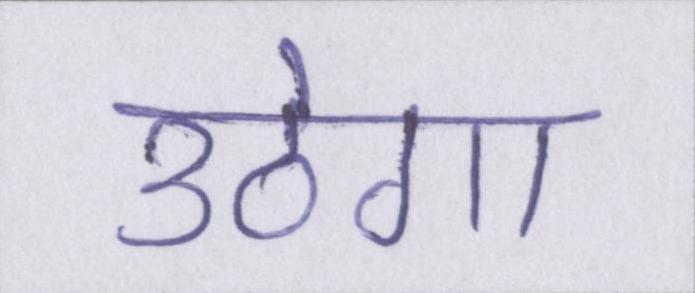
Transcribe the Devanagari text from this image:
उठेगा